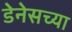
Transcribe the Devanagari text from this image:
डेनेसच्या